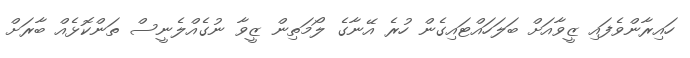
ހައިރާންވެފައި ޒީވާއަށް ބަލަހައްޓައިގެން ހުރެ އޭނާގެ ލޯމަތިން ޒީވާ ނުގެއްލެނީސް ތަންކޮޅެއް ބާރަށް